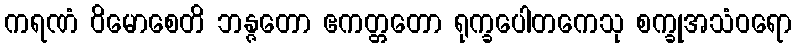
ကရဏံ ဝိမောစေတိ ဘန္ဇတော ဧကတ္တတော ရုက္ခပေါတကေသု စက္ခုအသံဝရော